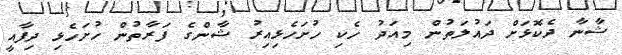
ޝާނާ ދެކޮޅަށް ދައުލަތުން މިއަދު ހެކި ހުށަހެޅިއިރު ޝާންގެ ފަރާތުން ހުށަހެޅި ދިފާއީ